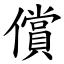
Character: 償